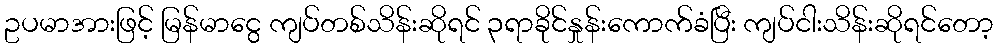
ဥပမာအားဖြင့် မြန်မာငွေ ကျပ်တစ်သိန်းဆိုရင် ၃ရာခိုင်နှုန်းကောက်ခံပြီး ကျပ်ငါးသိန်းဆိုရင်တော့